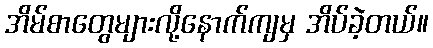
အိမ်စာတွေများလို့နောက်ကျမှ အိပ်ခဲ့တယ်။